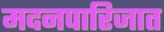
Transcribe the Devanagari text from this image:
मदनपारिजात